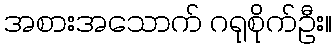
အစားအသောက် ဂရုစိုက်ဦး။